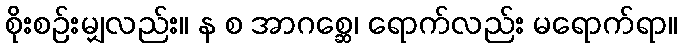
စိုးစဉ်းမျှလည်း။ န စ အာဂစ္ဆေ၊ ရောက်လည်း မရောက်ရာ။